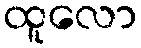
ထူလော